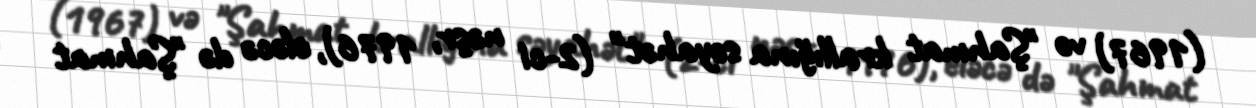
(1967) və "Şahmat krallığına səyahət" (2-ci nəşr, 1976), eləcə də "Şahmat